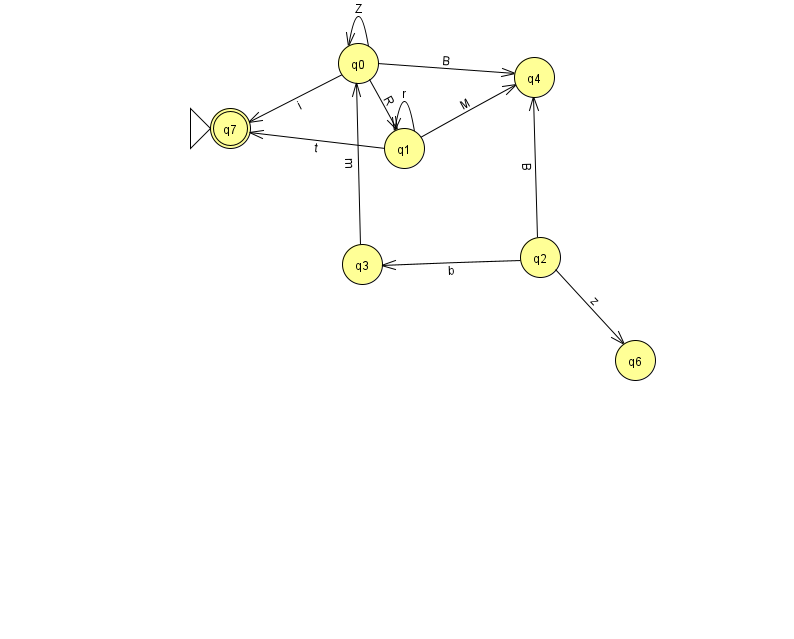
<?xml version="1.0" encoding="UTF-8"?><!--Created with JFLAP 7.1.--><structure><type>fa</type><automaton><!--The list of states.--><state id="0" name="q0"><x>358.0</x><y>50.0</y></state><state id="1" name="q1"><x>404.0</x><y>135.0</y></state><state id="2" name="q2"><x>540.0</x><y>244.0</y></state><state id="3" name="q3"><x>362.0</x><y>251.0</y></state><state id="4" name="q4"><x>534.0</x><y>64.0</y></state><state id="6" name="q6"><x>635.0</x><y>347.0</y></state><state id="7" name="q7"><x>230.0</x><y>115.0</y><initial/><final/></state><!--The list of transitions.--><transition><from>0</from><to>1</to><read>R</read></transition><transition><from>1</from><to>1</to><read>r</read></transition><transition><from>2</from><to>6</to><read>z</read></transition><transition><from>0</from><to>4</to><read>B</read></transition><transition><from>1</from><to>7</to><read>t</read></transition><transition><from>2</from><to>4</to><read>B</read></transition><transition><from>3</from><to>0</to><read>m</read></transition><transition><from>0</from><to>0</to><read>Z</read></transition><transition><from>0</from><to>7</to><read>i</read></transition><transition><from>2</from><to>3</to><read>b</read></transition><transition><from>1</from><to>4</to><read>M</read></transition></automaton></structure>